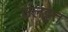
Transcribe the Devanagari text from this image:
उलट्टत